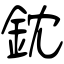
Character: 鈂